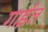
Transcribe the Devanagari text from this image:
गाईल